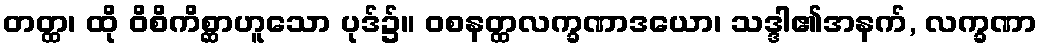
တတ္ထ၊ ထို ဝိစိကိစ္ဆာဟူသော ပုဒ်၌။ ဝစနတ္ထလက္ခဏာဒယော၊ သဒ္ဒါ၏အနက်, လက္ခဏာ